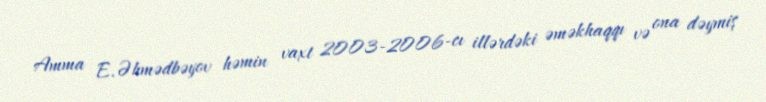
Amma E.Əhmədbəyov həmin vaxt 2003-2006-cı illərdəki əməkhaqqı və ona dəymiş